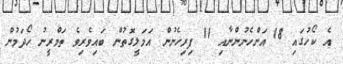
އެ ކޯހުގައި 18 އަންހެނުންނާއި 11 ފިރިހެނުން އަމަލީގޮތުން ބައިވެރިވެ ތަމްރީނު ހޯދަމުން